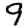
Digit: 9